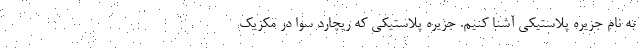
به نام جزیره پلاستیکی آشنا کنیم. جزیره پلاستیکی که ریچارد سوا در مکزیک